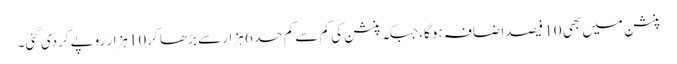
پنشن میں بھی 10 فیصداضافہ ہو گا، جبکہ پنشن کی کم سے کم حد 6 ہزار سے بڑھا کر10ہزار روپےکردی گئی۔